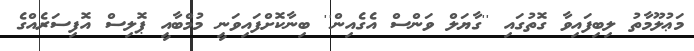
މަޢުލޫމާތު ލިބިފައިވާ ގޮތުގައި ''ގާޔަލް ވަންސް އެގެއިން'' ބިނާކޮށްފައިވަނީ މުމްބާއީ ޕޮލިސް އޮފިސަރެއްގެ